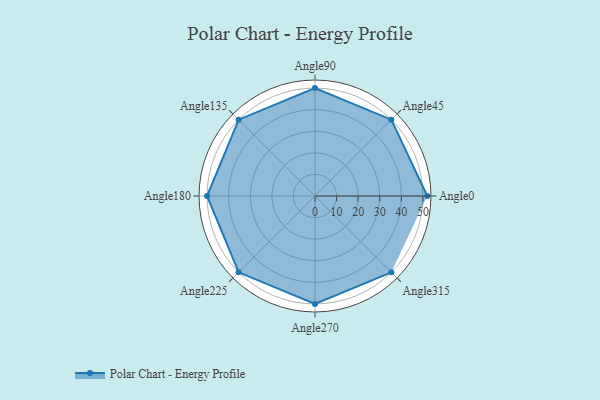
{"axis": {"x": "Angle", "y": "Radius"}, "legend": [""], "data": [{"x": "Angle0", "y": 52.0, "type": ""}, {"x": "Angle45", "y": 50, "type": ""}, {"x": "Angle90", "y": 50, "type": ""}, {"x": "Angle135", "y": 50, "type": ""}, {"x": "Angle180", "y": 50, "type": ""}, {"x": "Angle225", "y": 50, "type": ""}, {"x": "Angle270", "y": 50, "type": ""}, {"x": "Angle315", "y": 50, "type": ""}]}